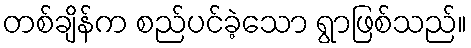
တစ်ချိန်က စည်ပင်ခဲ့သော ရွာဖြစ်သည်။